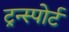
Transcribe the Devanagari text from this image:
ट्रन्स्पोर्ट